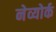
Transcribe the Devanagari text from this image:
नेव्योर्क